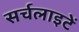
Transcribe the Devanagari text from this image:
सर्चलाइटें